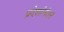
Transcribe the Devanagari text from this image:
प्रदेशांनंतर